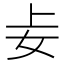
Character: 𪥤